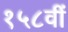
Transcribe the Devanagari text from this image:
१५८वीं